Report on sanitation, dispensaries, and jails in Rajputana for 1909, and on vaccination for the year 1909-1910 - 1909-1910
Year: 1909
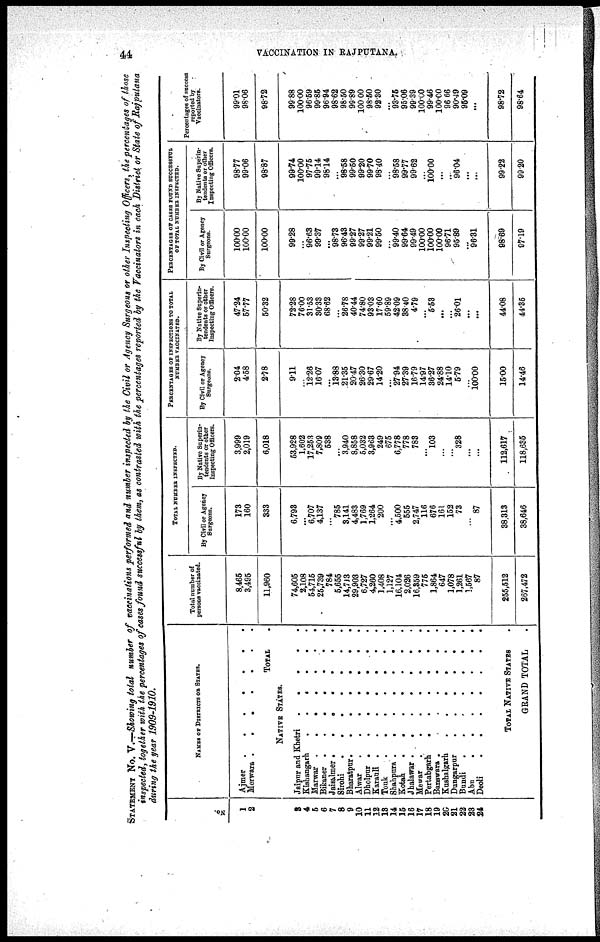
44
VACCINATION IN RAJPUTANA.
STATEMENT No. V.—Showing total number of vaccinations performed and number inspected by the Civil or Agency Surgeons or other Inspecting Officers, the percentages of those
inspected, together with the percentages of cases found successful by them, as contrasted with the percentages reported by the Vaccinators in each District or State of Rajputana
during the year 1909-1910.
No.
1
2
3
4
5
6
7
8
9
10
11
12
13
14
15
16
17
18
19
20
21
22
23
24
NAME OF DISTRICTS OF STATES.
Ajmer . . . . . . .
Merwara . . . . . . .
TOTAL .
NATIVE STATES.
Jaipur and Khetri
.
.
.
.
.
Kishangarh
.
.
.
.
.
.
Marwar .
.
.
.
.
.
.
Bikaner .
.
.
.
.
.
.
Jaisalmer .
.
.
.
. . .
Sirohi
.
.
.
.
.
.
.
Bharatpur.
.
.
.
.
.
.
Alwar
.
. . .
.
.
.
.
Dholpur .
.
.
.
.
.
.
Karauli .
.
.
.
.
.
.
Tonk
.
.
.
.
.
.
.
Shahpura .
.
.
.
.
.
.
Kotah
.
.
.
.
.
.
.
Jhalawar .
.
.
.
.
.
.
Mewar
.
.
. . . . .
Pertabgarh
.
.
.
.
.
.
Banawara .
.
.
.
.
.
.
Kushalgarh
.
.
.
.
.
.
Dungarpur
.
.
.
.
.
.
Bundi
.
.
.
.
.
.
Abu
.
.
.
.
.
.
.
Deoli
.
.
.
.
.
.
.
TOTAL NATIVE STATES .
GRAND TOTAL .
Total number of
persons vaccinated.
8,465
3,495
11,960
74,605
2,108
54,715
25,739
784
5,655
14,713
29,903
6,727
4,260
1,408
1,127
16,104
2,026
16,359
775
1,864
647
1,078
1,261
1,567
87
255,512
267,472
TOTAL NUMBER INSPECTED.
By Civil or Agency
Surgeons.
173
160
333
6,793
...
6,707
4,137
...
785
3,141
4,483
1,769
1,264
200
...
4,500
555
2,747
116
676
161
152
73
...
87
38,313
38,646
By Native Superin¬
tendents or other
Inspecting Officers.
3,999
2,019
6,018
53,928
1,602
17,253
7,809
538
...
3,940
8,858
5,032
3,963
249
675
6,778
778
783
...
103
...
...
328
...
...
112,617
118,635
PERCENTAGES OF INSPECTIONS TO TOTAL
NUMBER VACCINATED.
By Civil or Agency
Surgeons.
2.04
4.58
2.78
9.11
...
12.26
16.07
...
13.88
21.35
20.47
26.30
29.67
14.20
...
27.94
27.39
16.79
14.97
36.27
24.88
14.10
5.79
...
100.00
15.00
14.46
By Native Superin-
tendents or other
Inspecting Officers.
47.24
57.77
50.32
72.28
76.00
31.53
30.33
68.62
...
26.78
40.44
74.80
93.03
17.60
59.89
42.09
38.40
4.79
...
5.53
...
...
26.01
...
...
44.08
44.35
PERCENTAGES OF CASES FOUND SUCCESSFUL
OF TOTAL NUMBER INSPECTED.
By Civil or Agency
Surgeons.
100.00
100.00
100.00
99.28
...
96.63
99.37
...
98.73
96.43
99.27
99.27
99.21
99.50
...
99.40
99.64
99.49
100.00
100.00
100.00
96.71
95.89
...
96.31
98.69
97.19
By Native Superin-
tendents or other
Inspecting Officers.
98.77
99.06
98.87
99.74
100.00
97.75
99.14
98.14
...
98.58
99.50
99.20
99.70
98.40
...
98.58
99.77
99.62
...
100.00
...
...
96.04
...
...
99.22
99.20
Percentages of success
reported by
Vaccinators.
99.01
98.06
98.72
99.88
100.00
96.59
99.85
96.94
98.62
98.50
99.89
100.00
98.50
92.30
...
93.75
95.06
99.39
100.00
99.46
100.00
96.66
90.49
95.09
...
98.72
98.64